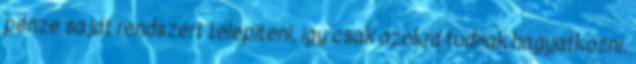
pénze saját rendszert telepíteni, így csak azokra tudnak hagyatkozni.